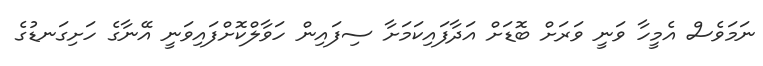
ނަމަވެސް އެމީހާ ވަނީ ވަރަށް ބޮޑަށް އަދާފައިކަމަށާ ސިފައިން ހަވާލްކޮށްފައިވަނީ އޭނާގެ ހަށިގަނޑުގެ